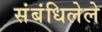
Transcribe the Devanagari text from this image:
संबंधिलेले